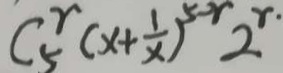
C _ { 5 } ^ { r } ( x + \frac { 1 } { x } ) ^ { 5 - r } 2 ^ { r . }